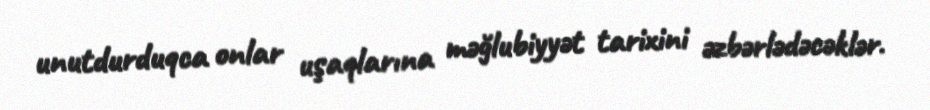
unutdurduqca onlar uşaqlarına məğlubiyyət tarixini əzbərlədəcəklər.